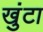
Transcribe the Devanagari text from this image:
खुंटा